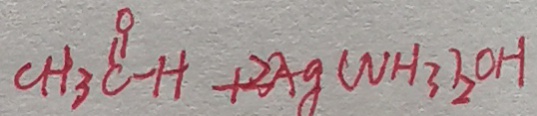
C H _ { 3 } C - H + 2 A g ( N H _ { 3 } ) _ { 2 } O H